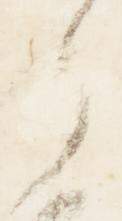
之